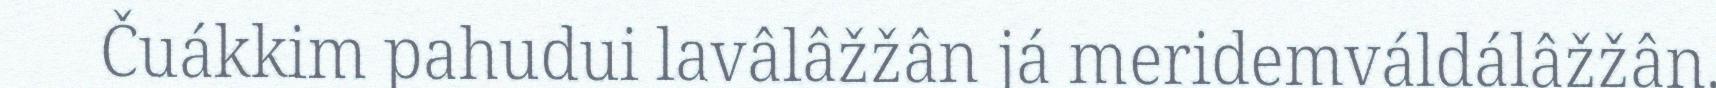
Čuákkim pahudui lavâlâžžân já meridemváldálâžžân.